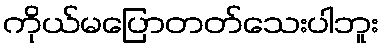
ကိုယ်မပြောတတ်သေးပါဘူး